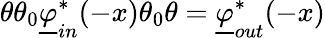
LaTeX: \theta\theta_{0}\underline{{\varphi}}_{in}^{*}(-x)\theta_{0}\theta=\underline{{\varphi}}_{out}^{*}(-x)